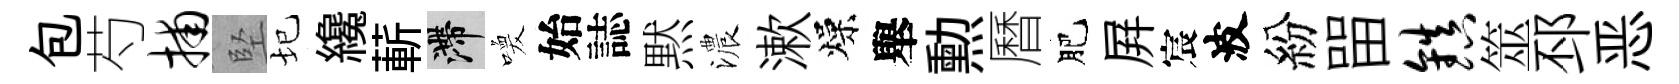
包芍捕堅圮纔蔪滯喚始誌黙濃漱燥舉勲曆肥屛宸波紛㽞镇筮邳恶